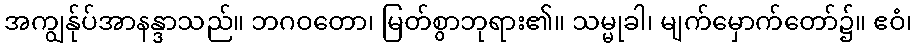
အကျွန်ုပ်အာနန္ဒာသည်။ ဘဂဝတော၊ မြတ်စွာဘုရား၏။ သမ္မုခါ၊ မျက်မှောက်တော်၌။ ဧဝံ၊